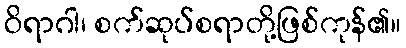
ဝိရာဂါ၊ စက်ဆုပ်စရာတို့ဖြစ်ကုန်၏။